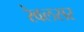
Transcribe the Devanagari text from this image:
रेवलसर